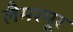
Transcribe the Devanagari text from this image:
लैमरमूर